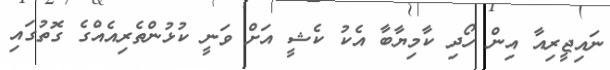
ނައިޖީރިއާ އިން ހޯދި ކާމިޔާބާ އެކު ކެޝީ އަށް ވަނީ ކުޅުންތެރިއެއްގެ ގޮތުގައި